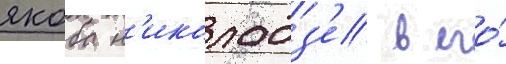
якоба н'иколадз'е в его́